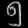
Digit: ၅